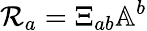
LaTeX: \mathcal{R}_{a}=\Xi_{ab}\mathbb{A}^{b}